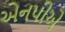
એનપીએ